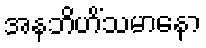
အနဘိဟိံသမာနော